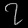
Digit: ၇